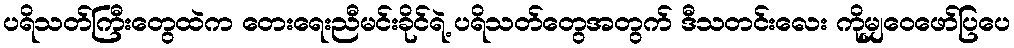
ပရိသတ်ကြီးတွေထဲက တေးရေးညီမင်းခိုင်ရဲ့ ပရိသတ်တွေအတွက် ဒီသတင်းလေး ကိုမျှဝေဖော်ပြပေ